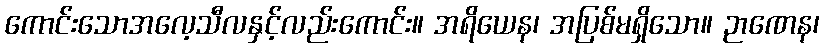
ကောင်းသောအလေ့သီလနှင့်လည်းကောင်း။ အရိယေန၊ အပြစ်မရှိသော။ ဉာဏေန၊